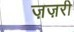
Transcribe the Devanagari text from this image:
ज़ज़री